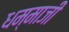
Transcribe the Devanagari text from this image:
धम्माजी